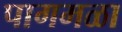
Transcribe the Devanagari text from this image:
पागमळा